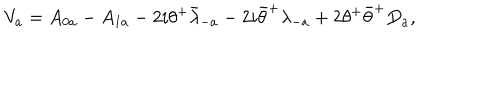
V _ { a } = A _ { 0 a } - A _ { 1 a } - 2 i \theta ^ { + } { \bar { \lambda } } _ { - a } - 2 i { \bar { \theta } } ^ { + } \lambda _ { - a } + 2 \theta ^ { + } { \bar { \theta } } ^ { + } D _ { a } ,